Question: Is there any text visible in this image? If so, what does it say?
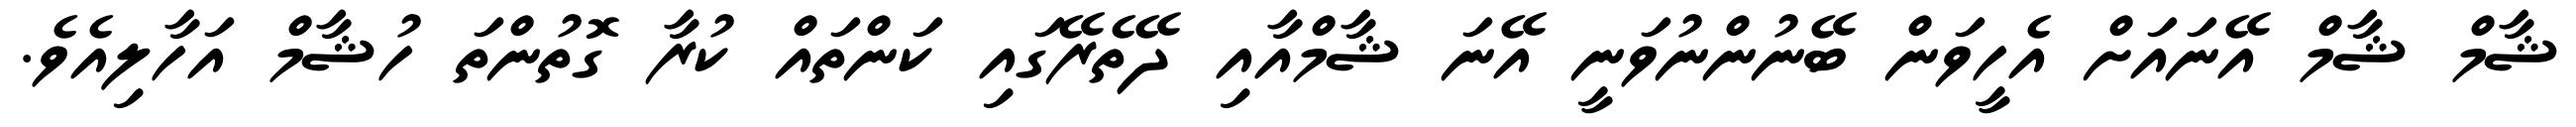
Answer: ޝާމް ޝާމް އޭނައަށް އެހީވަން ބޭނުންނުވަނީ އޭނަ ޝާމްއާއި ދޭތެރޭގައި ކަންތައް ކުރާ ގޮތުންތަ ހުޝާމް އަހާލިއެވެ.